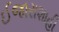
ઈજારાશાહી